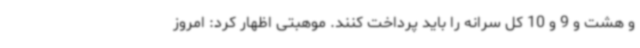
و هشت و 9 و 10 کل سرانه را باید پرداخت کنند. موهبتی اظهار کرد: امروز